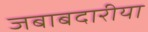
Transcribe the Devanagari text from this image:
जबाबदारीया